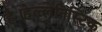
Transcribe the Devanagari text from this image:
है।हेल्लेनिस्टिक